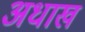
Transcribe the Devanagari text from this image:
अधाख